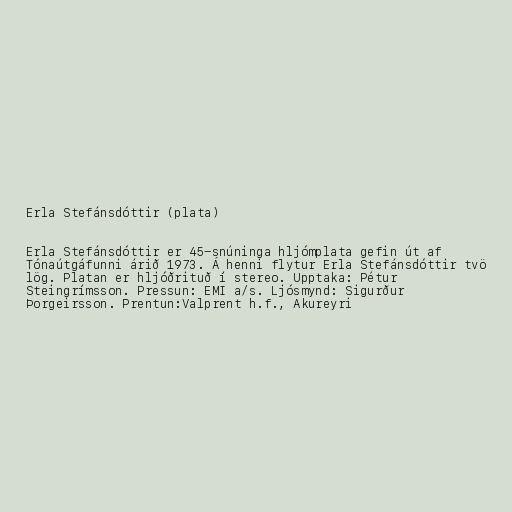
Erla Stefánsdóttir (plata)

Erla Stefánsdóttir er 45-snúninga hljómplata gefin út af
Tónaútgáfunni árið 1973. Á henni flytur Erla Stefánsdóttir tvö
lög. Platan er hljóðrituð í stereo. Upptaka: Pétur
Steingrímsson. Pressun: EMI a/s. Ljósmynd: Sigurður
Þorgeirsson. Prentun:Valprent h.f., Akureyri